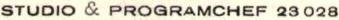
STUDIO & PROGRAMCHEF 23 028